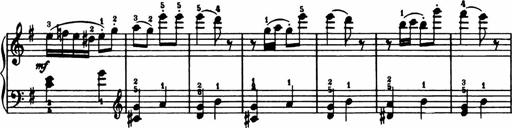
Title: Analytical Sonatinas
Composer: Frank Lynes